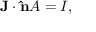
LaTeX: \mathbf { J } \cdot \mathbf { \hat { n } } A = I , \,